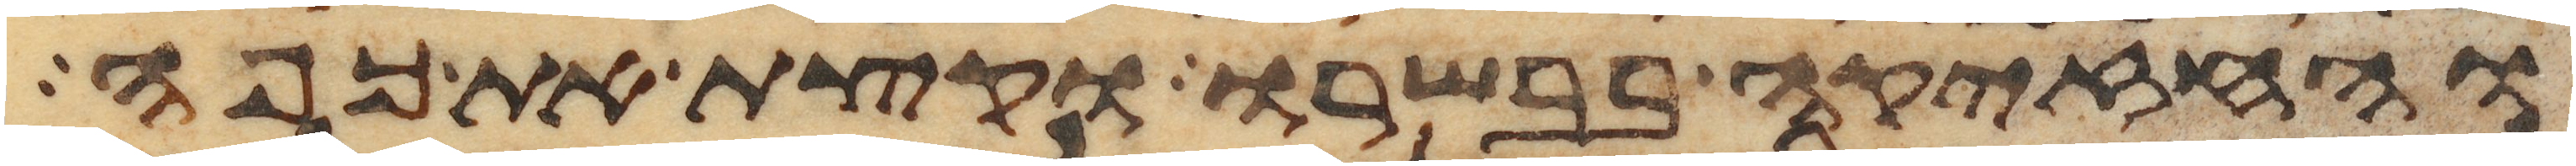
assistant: והחזיקה בבשרו וקצת את כפה